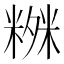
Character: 𥻒